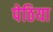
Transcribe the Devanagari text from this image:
पेठिया